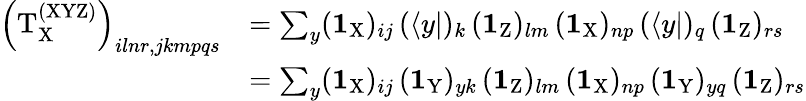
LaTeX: \begin{array}{rl}{\left(\mathrm{T}_{\mathrm{X}}^{\mathrm{(XYZ)}}\right)_{ilnr,jkmpqs}}&{=\sum_{y}(\textbf{1}_{\mathrm{X}})_{ij}\, (\langle y|)_{k}\, (\textbf{1}_{\mathrm{Z}})_{lm}\, (\textbf{1}_{\mathrm{X}})_{np}\, (\langle y|)_{q}\, (\textbf{1}_{\mathrm{Z}})_{rs}}\\ &{=\sum_{y}(\textbf{1}_{\mathrm{X}})_{ij}\, (\textbf{1}_{\mathrm{Y}})_{yk}\, (\textbf{1}_{\mathrm{Z}})_{lm}\, (\textbf{1}_{\mathrm{X}})_{np}\, (\textbf{1}_{\mathrm{Y}})_{yq}\, (\textbf{1}_{\mathrm{Z}})_{rs}}\end{array}